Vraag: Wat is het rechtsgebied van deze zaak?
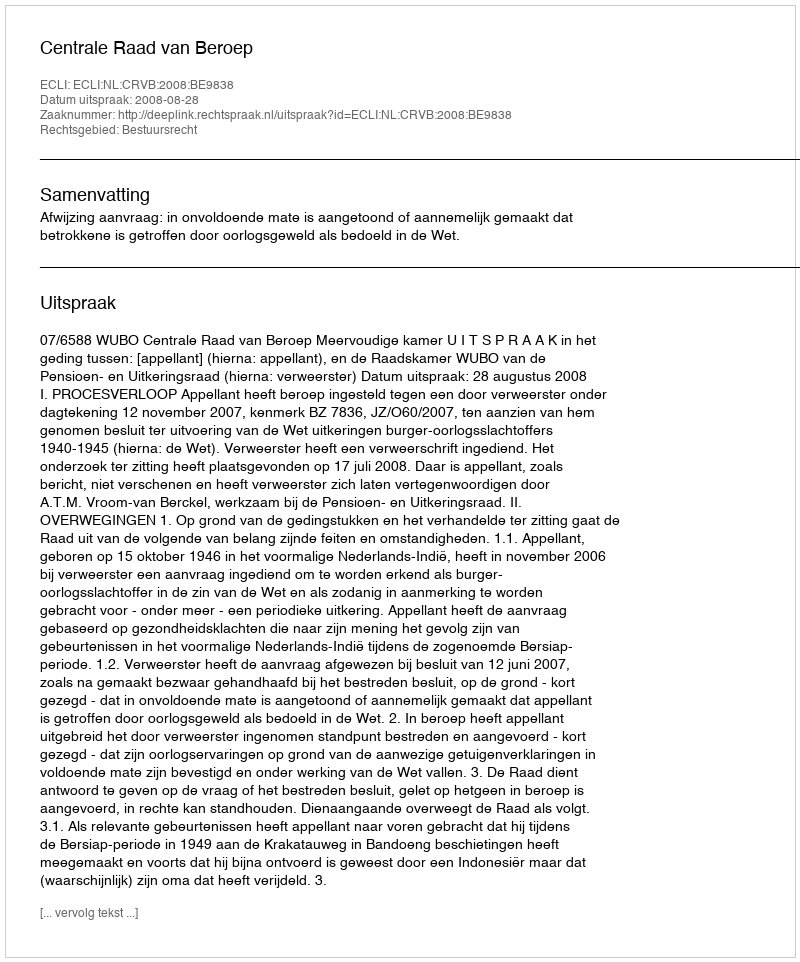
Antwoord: Bestuursrecht